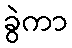
ခွဲကာ